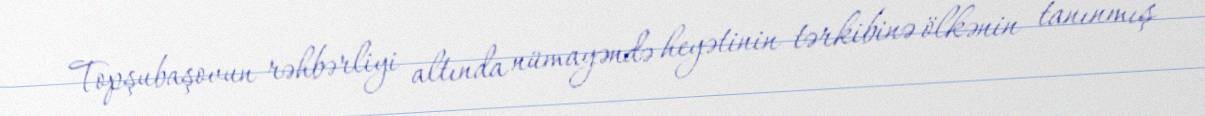
Topşubaşovun rəhbərliyi altında nümayəndə heyətinin tərkibinə ölkənin tanınmış